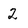
Character: 2